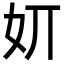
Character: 㚦